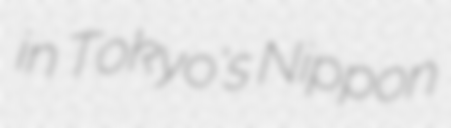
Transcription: in Tokyo's Nippon